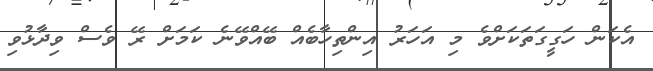
އެކަން ހަގީގަތަކަށްވެ މި އަހަރު އިންތިހާބެއް ބޭއްވޭނެ ކަމަށް ރޭ ވެސް ވިދާޅުވި